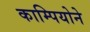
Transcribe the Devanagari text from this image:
काम्पियोने